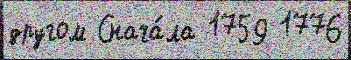
другом Снача́ла 1759 1776